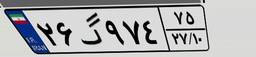
۳۰گ۳۹۲۱۱